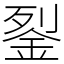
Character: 銐